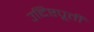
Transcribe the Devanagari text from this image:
उद्दिष्टपूर्ती